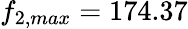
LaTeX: f_{2,max}=174.37